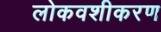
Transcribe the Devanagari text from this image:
लोकवशीकरण